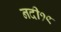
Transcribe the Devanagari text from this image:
नदी१९